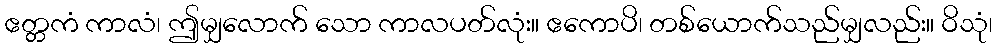
ဧတ္တကံ ကာလံ၊ ဤမျှလောက် သော ကာလပတ်လုံး။ ဧကောပိ၊ တစ်ယောက်သည်မျှလည်း။ ဝိသုံ၊